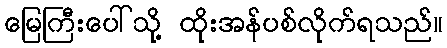
မြေကြီးပေါ်သို့ ထိုးအန်ပစ်လိုက်ရသည်။